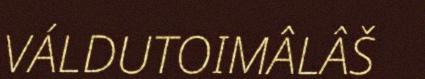
VÁLDUTOIMÂLÂŠ